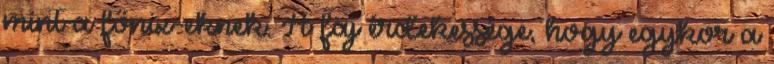
mint a főnix-eknek. A faj érdekessége, hogy egykor a